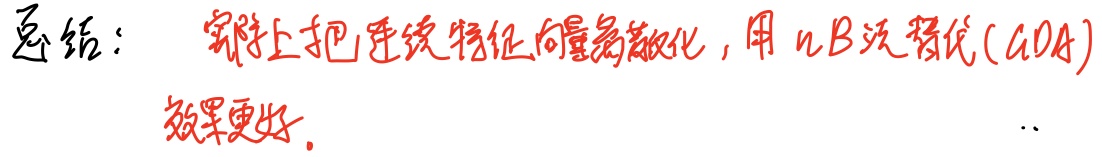
总结：实际上把连续特征向量离散化，用 nB 次替代(GA)效果更好。